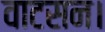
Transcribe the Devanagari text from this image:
वाटसन।